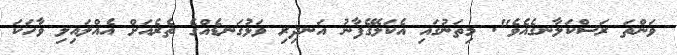
ވަންތަ ރަސްކަލާނގެއެވެ". މިތަނުގައި އެކަލޭގެފާނު އަނދިރި ވަޅުގަނޑެއްގެ ތެރެއަށް އެއްލައިލި ވާހަކަ